Indian journal of veterinary science and animal husbandry - Volumes 18-21, 1948-1951
Year: 1948
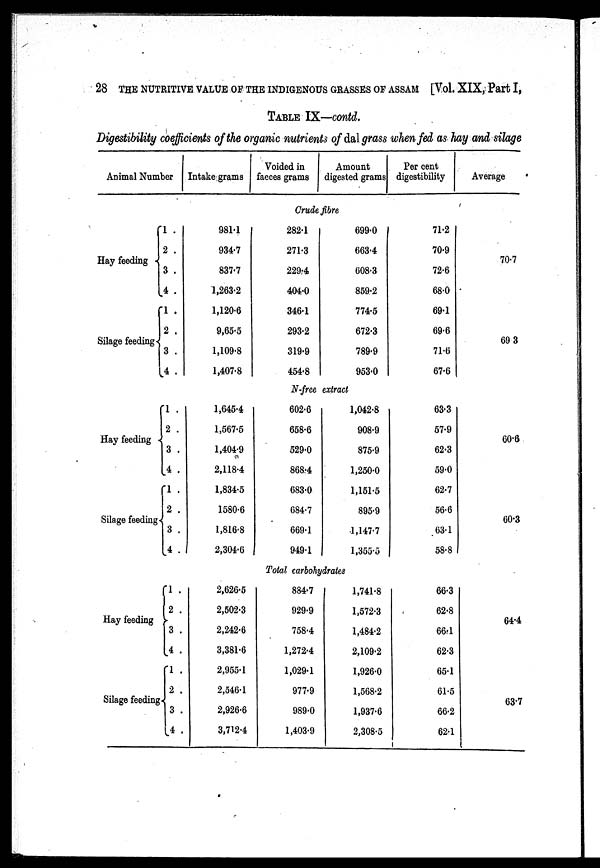
28 THE NUTRITIVE VALUE OF THE INDIGENOUS GRASSES OF ASSAM [Vol. XIX, Part I,
TABLE IX—contd.
Digestibility coefficients of the organic nutrients of dal grass when fed as hay and silage
Animal Number Intake grams
Voided in
faeces grams
Amount
digested grams
Per cent
digestibility
Average
Crude fibre
Hay feeding
Silage feeding
1 .
2 .
3 .
4 .
1 .
2 .
3 .
4 .
981.4
934.7
837.7
1,263.2
1,120.6
9,65.5
1,109.8
1,407.8
282.1
271.3
229.4
404.0
346.1
293.2
319.9
454.8
699.0
663.4
608.3
859.2
774.5
672.3
789.9
953.0
71.2
70.9
72.6
68.0
69.1
69.6
71.6
67.6
70.7
69.3
N-free extract
Hay feeding
Silage feeding
1 .
2 .
3 .
4 .
1 .
2 .
3 .
4 .
1,645.4
1,567.5
1,404.9
2,118.4
1,834.5
1580.6
1,816.8
2,304.6
602.6
658.6
529.0
868..4
683.0
684.7
669.1
949.1
1,042.8
908.9
875.9
1,250.0
1,151.5
895.9
1,147.7
1,355.5
63.3
57.9
62.3
59.0
62.7
56.6
63.1
58.8
60.6
60.3
Total carbohydrates
Hay feeding
Silage feeding
1 .
2 .
3 .
4 .
1 .
2 .
3 .
4 .
2,626.5
2,502.3
2,242.6
3,381.6
2,955.1
2,546.1
2,926.6
3,712.4
884.7
929.9
758.4
1,272.4
1,029.1
977.9
989.0
1,403.9
1,741.8
1,572.3
1,484.2
2,109.2
1,926.0
1,568.2
1,937.6
2,308.5
66.3
62.8
66.1
62.3
65.1
61.5
66.2
62.1
64.4
63.7